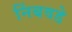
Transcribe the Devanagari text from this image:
निंबवडे